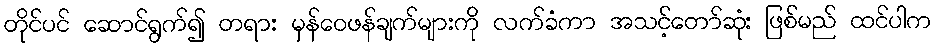
တိုင်ပင် ဆောင်ရွက်၍ တရား မှန်ဝေဖန်ချက်များကို လက်ခံကာ အသင့်တော်ဆုံး ဖြစ်မည် ထင်ပါက